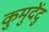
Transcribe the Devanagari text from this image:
कुमुदेंदु